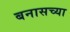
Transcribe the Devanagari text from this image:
बनासच्या